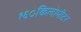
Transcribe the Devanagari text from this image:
१६०किलोमीटर